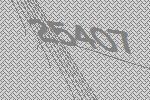
25407